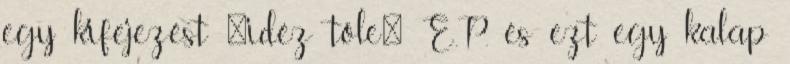
egy kifejezést "idéz tőle" E.P. és ezt egy kalap